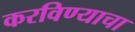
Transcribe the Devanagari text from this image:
करविण्याचा